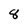
Character: 8